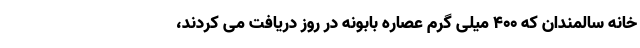
خانه سالمندان که 400 میلی گرم عصاره بابونه در روز دریافت می کردند،